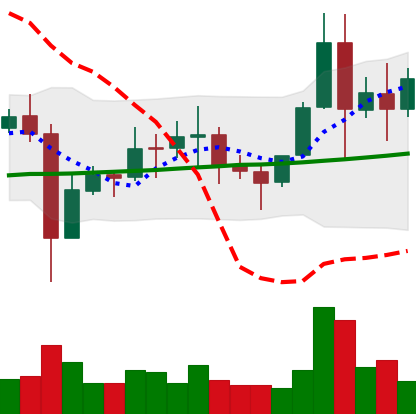
Ticker: EOS-USD
Chart end date: 2021-11-13
Forward return: -18.422%
Label: down_7plus